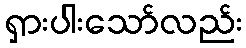
ရှားပါးသော်လည်း